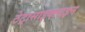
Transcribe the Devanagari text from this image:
टेट्रासाइक्लाइन